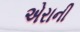
એરાની